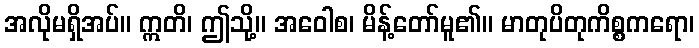
အလိုမရှိအပ်။ ဣတိ၊ ဤသို့။ အဝေါစ၊ မိန့်တော်မူ၏။ မာတုပိတုကိစ္စကရော၊